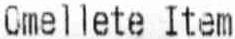
OMELLETE ITEM